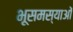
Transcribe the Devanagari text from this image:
भूसमस्याओं